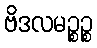
ဗိဒလမဉ္စဉ္စ